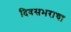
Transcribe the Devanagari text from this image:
दिवसभराचा